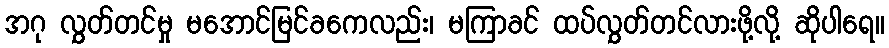
အဂု လွှတ်တင်မှု မအောင်မြင်ခကေလည်း၊ မကြာခင် ထပ်လွှတ်တင်လားဖို့လို့ ဆိုပါရေ။